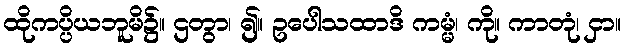
ထိုကပ္ပိယဘူမိ၌။ ဌတွာ၊ ၍။ ဥပေါသထာဒိ ကမ္မံ၊ ကို။ ကာတုံ၊ ငှာ။